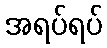
အရပ်ရပ်